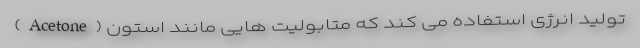
تولید انرژی استفاده می کند که متابولیت هایی مانند استون (Acetone)